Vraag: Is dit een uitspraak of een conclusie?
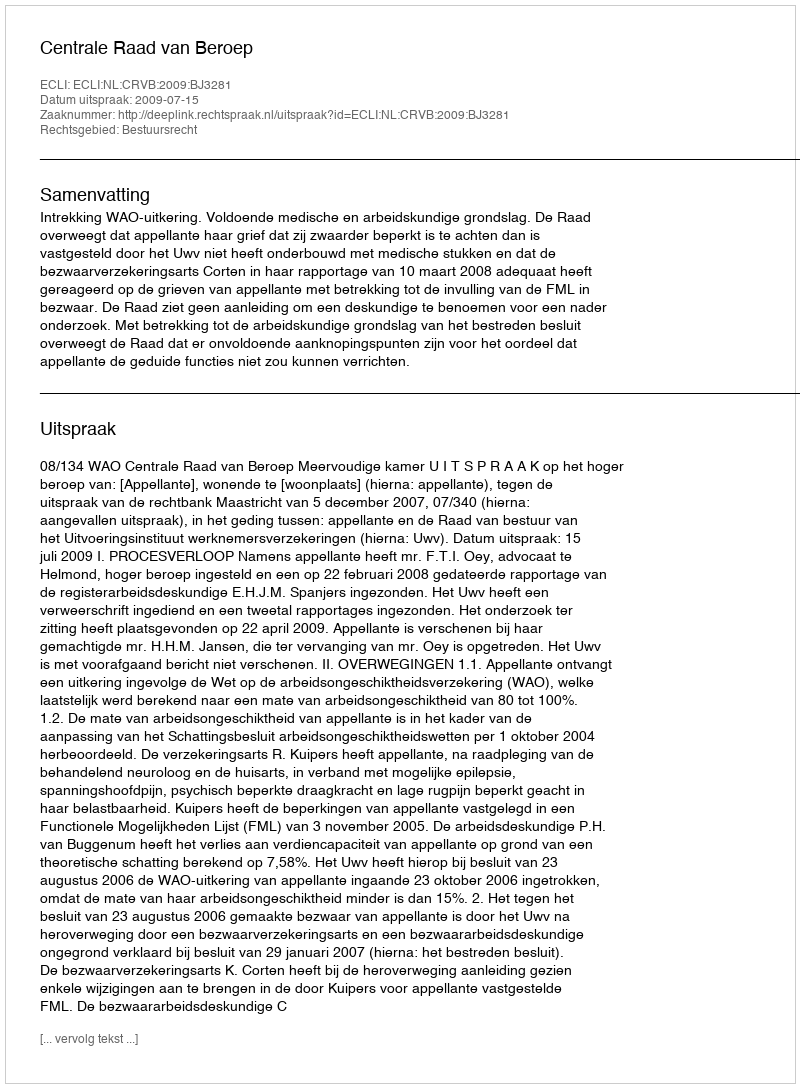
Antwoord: Uitspraak